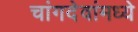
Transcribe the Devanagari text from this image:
चांगदेवांमध्ये